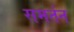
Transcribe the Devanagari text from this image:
समर्तन